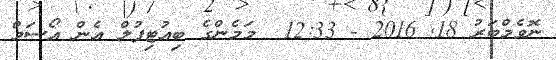
ނޮވެމްބަރު 18